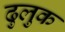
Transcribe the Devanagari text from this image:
ढुलुक